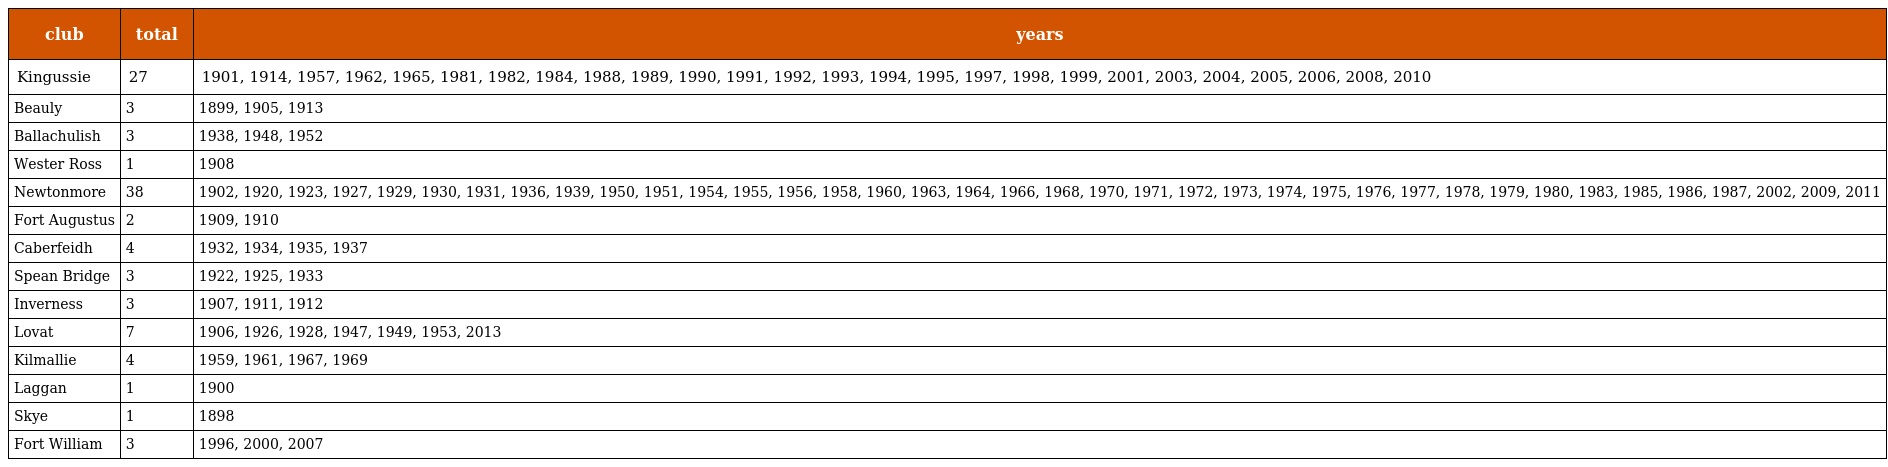
| club | total | years |
 | --- | --- | --- |
 | Kingussie | 27 | 1901, 1914, 1957, 1962, 1965, 1981, 1982, 1984, 1988, 1989, 1990, 1991, 1992, 1993, 1994, 1995, 1997, 1998, 1999, 2001, 2003, 2004, 2005, 2006, 2008, 2010 |
 | Beauly | 3 | 1899, 1905, 1913 |
 | Ballachulish | 3 | 1938, 1948, 1952 |
 | Wester Ross | 1 | 1908 |
 | Newtonmore | 38 | 1902, 1920, 1923, 1927, 1929, 1930, 1931, 1936, 1939, 1950, 1951, 1954, 1955, 1956, 1958, 1960, 1963, 1964, 1966, 1968, 1970, 1971, 1972, 1973, 1974, 1975, 1976, 1977, 1978, 1979, 1980, 1983, 1985, 1986, 1987, 2002, 2009, 2011 |
 | Fort Augustus | 2 | 1909, 1910 |
 | Caberfeidh | 4 | 1932, 1934, 1935, 1937 |
 | Spean Bridge | 3 | 1922, 1925, 1933 |
 | Inverness | 3 | 1907, 1911, 1912 |
 | Lovat | 7 | 1906, 1926, 1928, 1947, 1949, 1953, 2013 |
 | Kilmallie | 4 | 1959, 1961, 1967, 1969 |
 | Laggan | 1 | 1900 |
 | Skye | 1 | 1898 |
 | Fort William | 3 | 1996, 2000, 2007 |